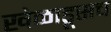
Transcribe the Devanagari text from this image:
खेळाडूसच